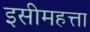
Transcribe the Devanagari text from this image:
इसीमहत्ता